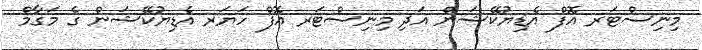
މިނިސްޓަރ އޮފް އެޑިޔުކޭޝަން އަދި މިނިސްޓަރ އޮފް ހަޔަރ އެޑިޔުކޭޝަން ގެ މަގާމް